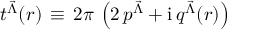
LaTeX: t ^ { { \vec { \Lambda } } } ( r ) \, \equiv \, 2 \pi \, \left( 2 \, p ^ { { \vec { \Lambda } } } + \mathrm { i } \, q ^ { { \vec { \Lambda } } } ( r ) \right)